Statistical return of the lunatic asylum in Assam - 1912-1932
Year: 1912
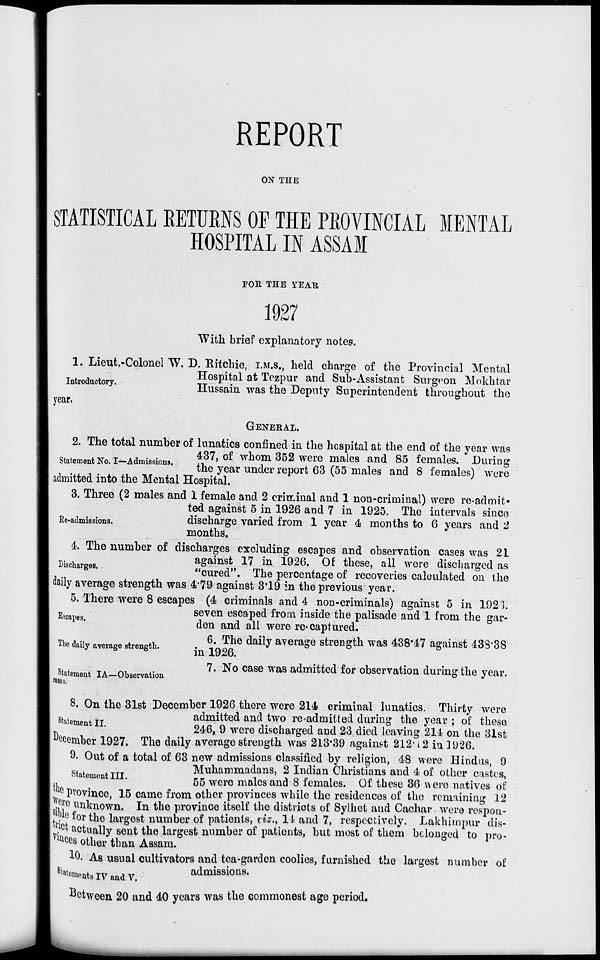
REPORT
ON THE
STATISTICAL RETUENS OF THE PROVINCIAL MENTAL
HOSPITAL IN ASSAM
FOR THE YEAR
1927
With brief explanatory notes.
1. Lieut.-Colonel W. D. Ritchie, I.M.S., held charge of the Provincial Mental
Hospital at Tezpur and Sub-Assistant Surgeon Mokhtar
nroucory.
Hussahi was the Deputy Superintendent throughout the
year*
GENERAL.
2. The total number of lunatics confined in the hospital at the end of the year was
,„_.,..
437, of whom 352 were males and 85 females. During
Statement No. I—Admissions.
,-,
,
, ~n /sm .,
■,
i o r
i \
the year under report 63 (o5 males and 8 lemales) were
admitted into the Mental Hospital.
3. Three (2 males and 1 female and 2 criminal and 1 non-criminal) were re-admit-
ted against 5 in 1926 and 7 in 1925. The intervals since
Re-admissions.
discharge varied from 1 year 4 months to 6 years and 2
months.
4. The number of discharges excluding escapes and observation cases was 21
D . ,
against 17 in 1926. Of these, all were discharged as
isc arges.
"cured". The percentage of recoveries calculated on the
daily average strength was 4*79 against 3'19 in the previous year.
5. There were 8 escapes (4 criminals and 4 non-criminals) against 5 in 1921.
Es
seven escaped from inside the palisade and 1 from the gar-
scapes '
den and all were re-captured.
6. The daily average strength was 438*17 against 43S'3S
in 1926.
7. No case was admitted for observation during the year.
The daily average strength.
Statement IA—Observation
cases.
8. On the 31st December 1926 there were 214 criminal lunatics. Thirty were
g .
admitted and two re-admitted during the year ; of these
ementIL
246, 9 were discharged and 23 died leaving 214 on the 31st
December 1927. The daily average strength was 213*39 against 212-i 2 in 1926.
9. Out of a total of 63 new admissions classified by religion, 48 were Hindus, 9
Muhammadans, 2 Indian Christians and 4 of other castes,
statement III.
66 were malcs and 8 f ema les. Of these 36 were natives of
"te province, 15 came from other provinces while the residences of the remaining 12
^' er o unknown. In the province itself the districts of Sylhet and Cachar were respon-
sible for the largest number of patients, viz., 11 and 7, respectively. Lakhitnpur dis-
l ? c t actually sent the largest number of patients, but most of them belonged to pro-
ves other than Assam.
10. As usual cultivators and tea-garden coolies, furnished the largest number of
Butane TTr nr
admissions.
moments IV and V.
between 20 and 40 years was the commonest age period.